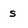
Character: s